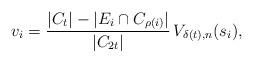
LaTeX: \begin{align*}v_i=\frac{|C_{t}|-|E_i\cap C_{\rho(i)}|}{|C_{2t}|}\,V_{\delta(t),n}(s_i),\end{align*}